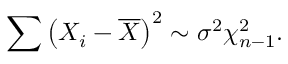
\sum \left( X _ { i } - { \overline { { X } } } \right) ^ { 2 } \sim \sigma ^ { 2 } \chi _ { n - 1 } ^ { 2 } .